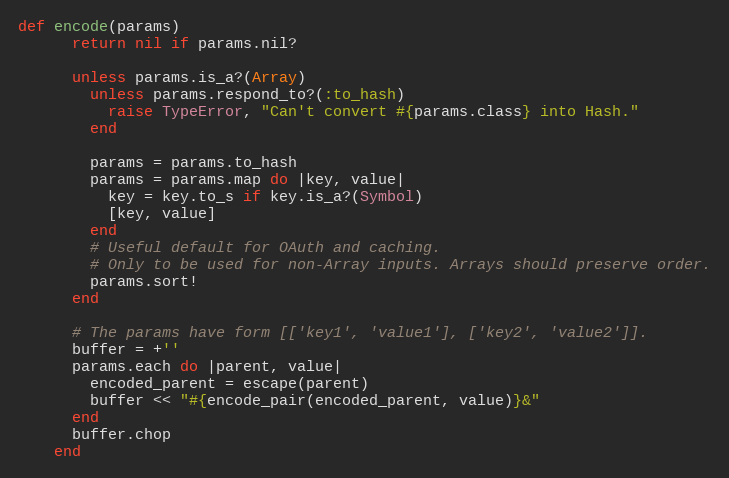
Language: Ruby
def encode(params)
      return nil if params.nil?

      unless params.is_a?(Array)
        unless params.respond_to?(:to_hash)
          raise TypeError, "Can't convert #{params.class} into Hash."
        end

        params = params.to_hash
        params = params.map do |key, value|
          key = key.to_s if key.is_a?(Symbol)
          [key, value]
        end
        # Useful default for OAuth and caching.
        # Only to be used for non-Array inputs. Arrays should preserve order.
        params.sort!
      end

      # The params have form [['key1', 'value1'], ['key2', 'value2']].
      buffer = +''
      params.each do |parent, value|
        encoded_parent = escape(parent)
        buffer << "#{encode_pair(encoded_parent, value)}&"
      end
      buffer.chop
    end